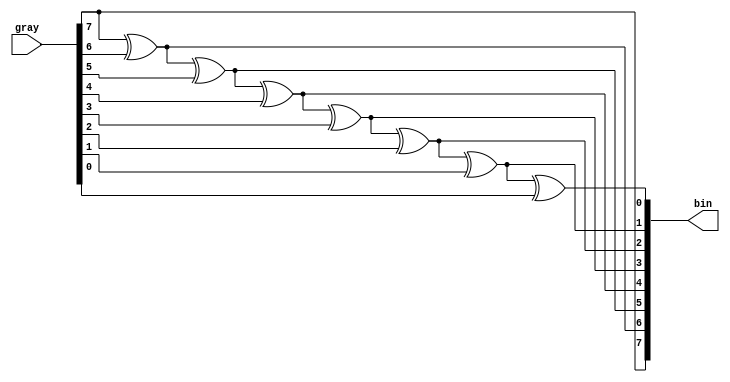
module gray_to_bin (gray,bin);

parameter WIDTH = 8;

input [WIDTH-1:0] gray;
output [WIDTH-1:0] bin;
wire [WIDTH-1:0] bin;

assign bin[WIDTH-1] = gray[WIDTH-1];
genvar i;
generate
for (i=WIDTH-2; i>=0; i=i-1)
  begin: gry_to_bin
    assign bin[i] = bin[i+1] ^ gray[i];
  end
endgenerate

endmodule